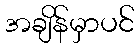
အချိန်မှာပင်